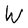
Character: W